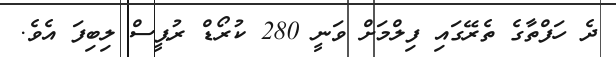
ދެ ހަފްތާގެ ތެރޭގައި ފިލްމަށް ވަނީ 280 ކުރޯޑް ރުޕީސް ލިބިފަ އެވެ.